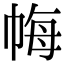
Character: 𢂳